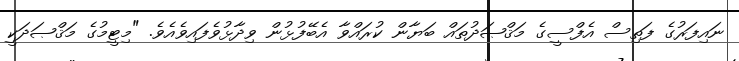
ނައިފަރުގެ ފަތިސް އެފްސީގެ މަޤްޞަދުތައް ބަޔާން ކުރައްވާ އެބޭފުޅުން ވިދާޅުވެފައިވެއެވެ. "މިޓީމުގެ މަޤްޞަދަކީ